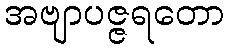
အဗျာပဇ္ဇရတော